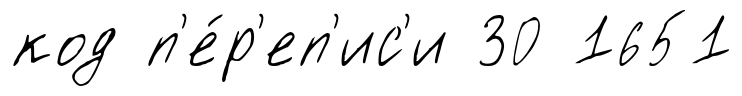
код п'е́р'еп'ис'и 30 1651